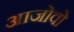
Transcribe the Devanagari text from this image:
आजोवो